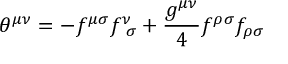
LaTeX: { \theta } ^ { { \mu } { \nu } } = - f ^ { { \mu } { \sigma } } f _ { \; \; { \sigma } } ^ { \nu } + \frac { g ^ { { \mu } { \nu } } } { 4 } f ^ { { \rho } { \sigma } } f _ { { \rho } { \sigma } }